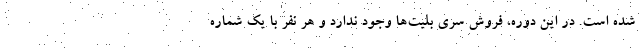
شده است. در این دوره، فروش سری بلیت‌ها وجود ندارد و هر نفر با یک شماره